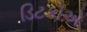
ડિટકોએ